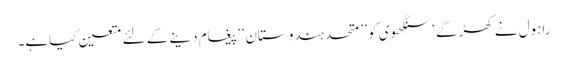
راہول نے کھڑگے ‘ سنگھوی کو ’’ متحدہندوستان‘‘ پیغام دینے کے لئے متعین کیاہے۔